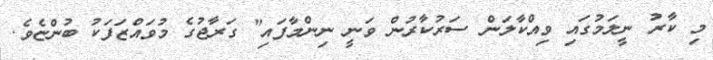
މި ކާރު ނީލަމުގައި ވިއްކާލަން ސަރުކާރުން ވަނީ ނިންމާފައި" ގަރާޖުގެ މުވައްޒަފަކު ބުންޏެވެ.